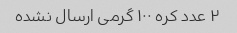
۲ عدد کره ۱۰۰ گرمی ارسال نشده